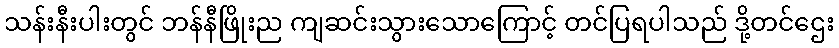
သန်းနီးပါးတွင် ဘန်နီဖြိုးည ကျဆင်းသွားသောကြောင့် တင်ပြရပါသည် ဒို့တင်ဌေး